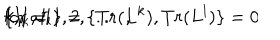
LaTeX: \{ I _ { k } , I _ { l } \} = \{ T r ( L ^ { k } ) , T r ( L ^ { l } ) \} = 0 \hspace { 0 . 7 c m } { \mathrm { f o r ~ a l l } } \hspace { 0 . 3 c m } k , l = 1 , 2 , . . . . \ ,